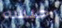
حبسه